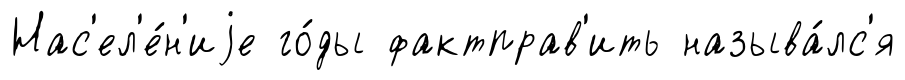
Нас'ел'е́н'иjе го́ды фактправ'ить называ́лс'я